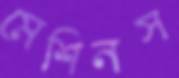
মেশিনস